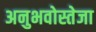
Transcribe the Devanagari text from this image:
अनुभवोस्तेजा